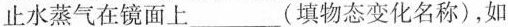
止水蒸气在镜面上___(填物态变化名称)，如